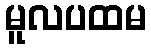
မူလပထမ